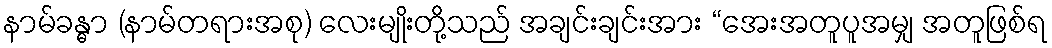
နာမ်ခန္ဓာ (နာမ်တရားအစု) လေးမျိုးတို့သည် အချင်းချင်းအား “အေးအတူပူအမျှ အတူဖြစ်ရ